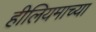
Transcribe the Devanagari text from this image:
हीलियमाच्या